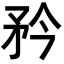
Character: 矜